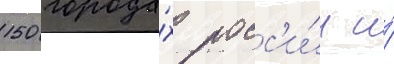
150 города́х росс'и́и и́